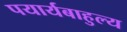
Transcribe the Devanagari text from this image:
पयार्यबाहुल्य